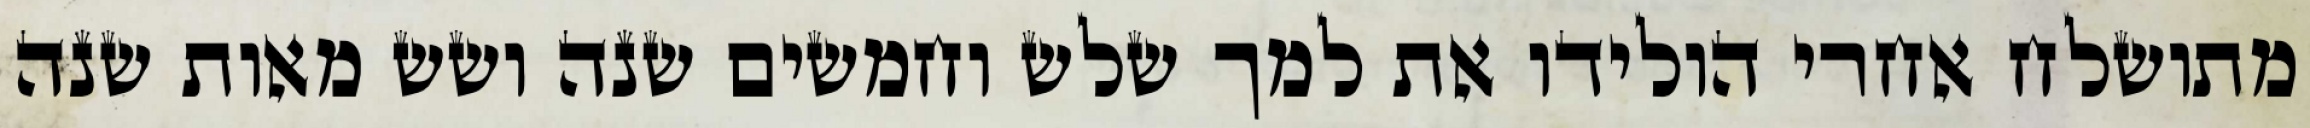
מתושלח אחרי הולידו את למך שלש וחמשים שנה ושש מאות שנה